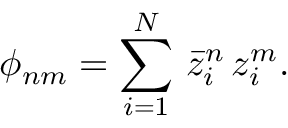
\phi _ { n m } = \sum _ { i = 1 } ^ { N } \, \bar { z } _ { i } ^ { n } \, z _ { i } ^ { m } .